Annual report on the mental hospital in the Central Provinces and Berar (Nagpur) - 1927-1951
Year: 1927
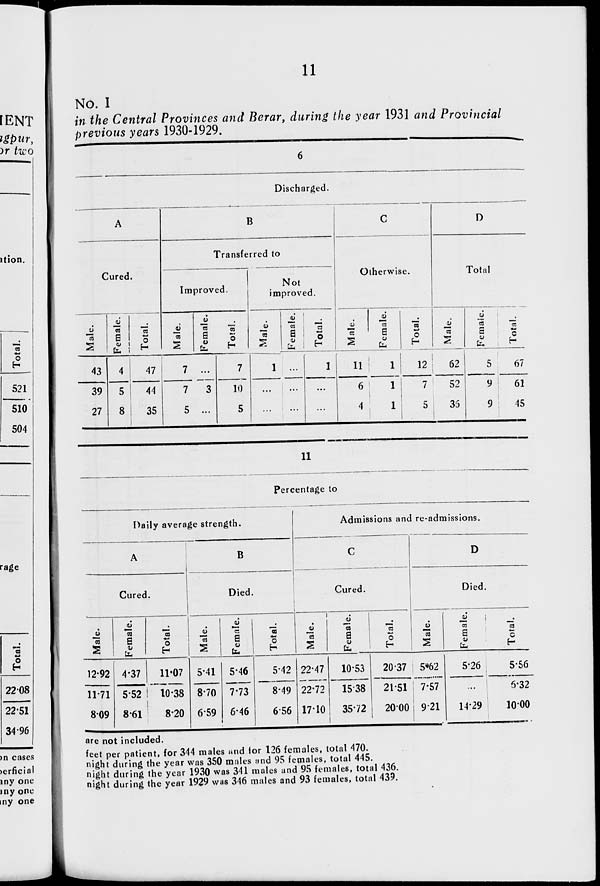
11
No. I
in the Central Provinces and Berar, during the year 1931 and Provincial
previous years 1930-1929.
6
Discharged.
A
Cured.
Male.
43
39
27
Female.
4
5
8
Total.
47
44
35
B
Transferred to
Improved.
Male.
7
7
5
Female.
...
3
...
Total.
7
10
5
Not
improved.
Male.
1
...
...
Female.
...
...
...
Total.
1
...
...
C
Otherwise.
Male.
11
6
4
Female.
1
1
1
Total.
12
7
5
D
Total
Male.
62
52
36
Female.
5
9
9
Total.
67
61
45
11
Percentage to
Daily average strength.
A
Cured.
Male.
12.92
11.71
8.09
Female.
4.37
5.52
8.61
Total.
11.07
10.38
8.20
B
Died.
Male.
5.41
8.70
6.59
Female.
5.46
7.73
6.46
Total.
5.42
8.49
6.56
Admissions and re-admissions.
C
Cured.
Male.
22.47
22.72
17.10
Female.
10.53
15.38
35.72
Total.
20.37
21.51
20.00
D
Died.
Male.
5.62
7.57
9.21
Female.
5.26
...
14.29
Total.
5.56
6.32
10.00
are not included.
feet per patient, for 344 males and for 126 females, total 470.
night during the year was 350 males and 95 females, total 445.
night during the year 1930 was 341 males and 95 females, total 436.
night during the year 1929 was 346 males and 93 females, total 439.